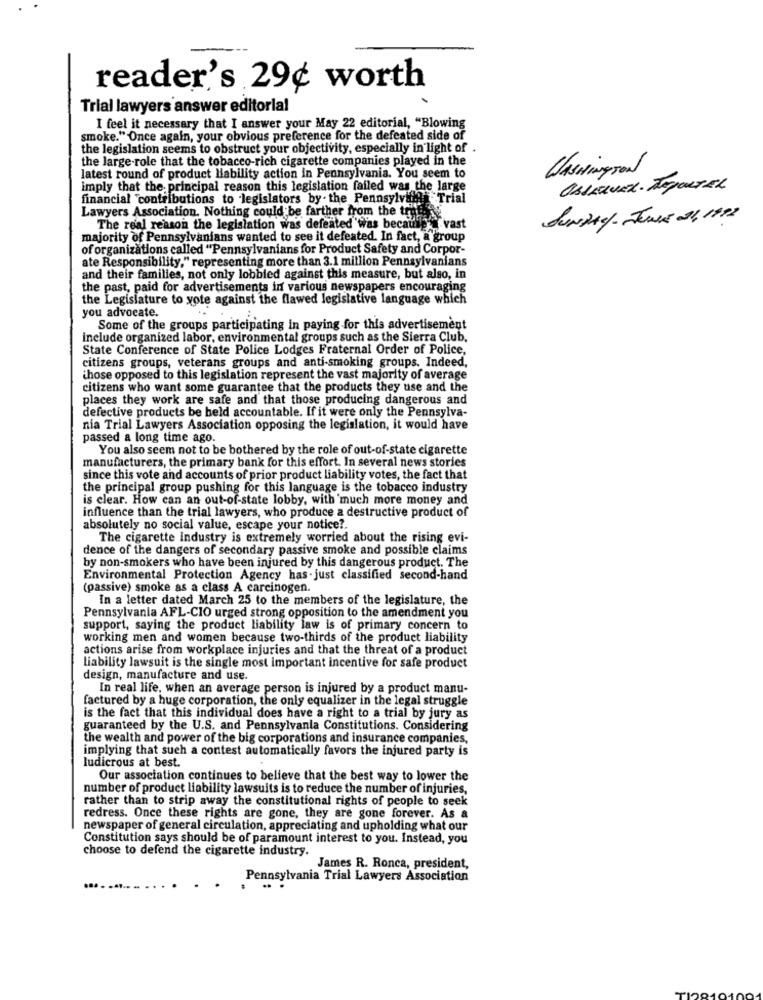
reader's 29¢ worth
Trial lawyers answer editorla!
I feel it necessary that I answer your May 22 editorial, "Blowing
smoke." Once again, your obvious preference for the defeated side of
the legislation seems to obstruct your objectivity, especially in light of .
the large role that the tobacco-rich cigarette companies played in the
lasHingTON
latest round of product liability action in Pennsylvania. You seem to
imply that the. principal reason this legislation failed was the large
financial "contributions to legislators by- the Pennsylvan Trial
Lawyers Association. Nothing could be farther from the tenho
SUNDAY- Jener 11, 1992
The real reason the legislation was defeated was because vast
majority of Pennsylvanians wanted to see it defeated. In fact, a group
of organizations called "Pennsylvanians for Product Safety and Corpor-
ate Responsibility," representing more than 3.1 million Pennsylvanians
and their families, not only lobbied against this measure, but also, in
the past, paid for advertisements in various newspapers encouraging
the Legislature to vote against the flawed legislative language which
you advocate.
Some of the groups participating in paying for this advertisement
include organized labor, environmental groups such as the Sierra Club.
State Conference of State Police Lodges Fraternal Order of Police,
citizens groups, veterans groups and anti-smoking groups. Indeed,
those opposed to this legislation represent the vast majority of average
citizens who want some guarantee that the products they use and the
places they work are safe and that those producing dangerous and
defective products be held accountable. If it were only the Pennsylva-
nia Trial Lawyers Association opposing the legislation, it would have
passed a long time ago.
You also seem not to be bothered by the role of out-of-state cigarette
manufacturers, the primary bank for this effort. In several news stories
since this vote and accounts of prior product liability votes, the fact that
the principal group pushing for this language is the tobacco industry
is clear. How can an out-of-state lobby, with 'much more money and
influence than the trial lawyers, who produce a destructive product of
absolutely no social value, escape your notice ?.
The cigarette industry is extremely worried about the rising evi-
dence of the dangers of secondary passive smoke and possible claims
by non-smokers who have been injured by this dangerous product. The
Environmental Protection Agency has - just classified second-hand
(passive) smoke as a class A carcinogen.
In a letter dated March 25 to the members of the legislature, the
Pennsylvania AFL-CIO urged strong opposition to the amendment you
support, saying the product liability law is of primary concern to
working men and women because two-thirds of the product liability
actions arise from workplace injuries and that the threat of a product
liability lawsuit is the single most important incentive for safe product
design, manufacture and use.
In real life, when an average person is injured by a product manu-
factured by a huge corporation, the only equalizer in the legal struggle
is the fact that this individual does have a right to a trial by jury as
guaranteed by the U.S. and Pennsylvania Constitutions. Considering
the wealth and power of the big corporations and insurance companies,
implying that such a contest automatically favors the injured party is
ludicrous at best.
Our association continues to believe that the best way to lower the
number of product liability lawsuits is to reduce the number of injuries,
rather than to strip away the constitutional rights of people to seek
redress. Once these rights are gone, they are gone forever. As a
newspaper of general circulation, appreciating and upholding what our
Constitution says should be of paramount interest to you. Instead, you
choose to defend the cigarette industry.
James R. Ronca, president,
Pennsylvania Trial Lawyers Association
. .